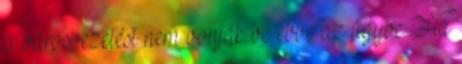
a városvezetést nem vonják be ebbe az ügybe. Ha